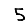
Digit: 5